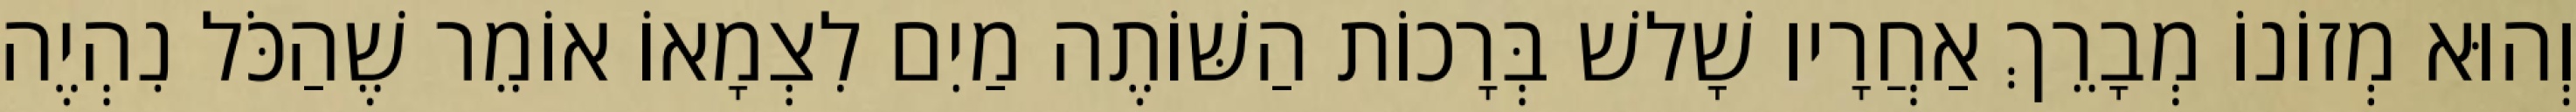
וְהוּא מְזוֹנוֹ מְבָרֵךְ אַחֲרָיו שָׁלשׁ בְּרָכוֹת הַשּׁוֹתֶה מַיִם לִצְמָאוֹ אוֹמֵר שֶׁהַכֹּל נִהְיֶה